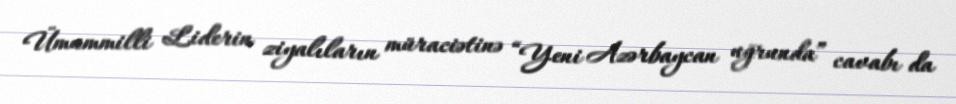
Ümummilli Liderin ziyalıların müraciətinə “Yeni Azərbaycan uğrunda” cavabı da